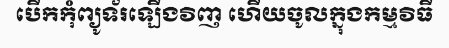
បើកកុំព្យូទ័រឡើងវិញ ហើយចូលក្នុងកម្មវិធី